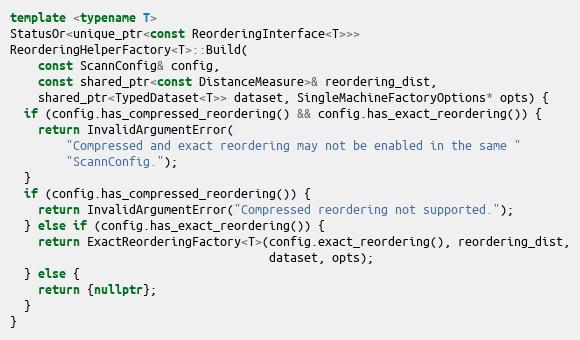
Language: C++
template <typename T>
StatusOr<unique_ptr<const ReorderingInterface<T>>>
ReorderingHelperFactory<T>::Build(
    const ScannConfig& config,
    const shared_ptr<const DistanceMeasure>& reordering_dist,
    shared_ptr<TypedDataset<T>> dataset, SingleMachineFactoryOptions* opts) {
  if (config.has_compressed_reordering() && config.has_exact_reordering()) {
    return InvalidArgumentError(
        "Compressed and exact reordering may not be enabled in the same "
        "ScannConfig.");
  }
  if (config.has_compressed_reordering()) {
    return InvalidArgumentError("Compressed reordering not supported.");
  } else if (config.has_exact_reordering()) {
    return ExactReorderingFactory<T>(config.exact_reordering(), reordering_dist,
                                     dataset, opts);
  } else {
    return {nullptr};
  }
}